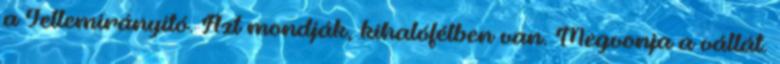
a Jellemirányító. Azt mondják, kihalófélben van. Megvonja a vállát.